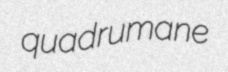
quadrumane